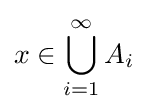
x\in \bigcup _{i=1}^{\infty }A_{i}